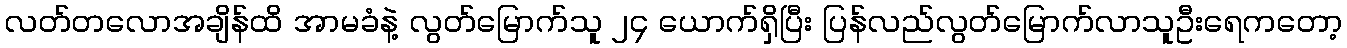
လတ်တလောအချိန်ထိ အာမခံနဲ့ လွတ်မြောက်သူ ၂၄ ယောက်ရှိပြီး ပြန်လည်လွတ်မြောက်လာသူဦးရေကတော့